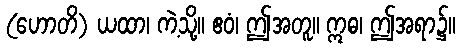
(ဟောတိ) ယထာ၊ ကဲ့သို့။ ဧဝံ၊ ဤအတူ။ ဣဓ၊ ဤအရာ၌။